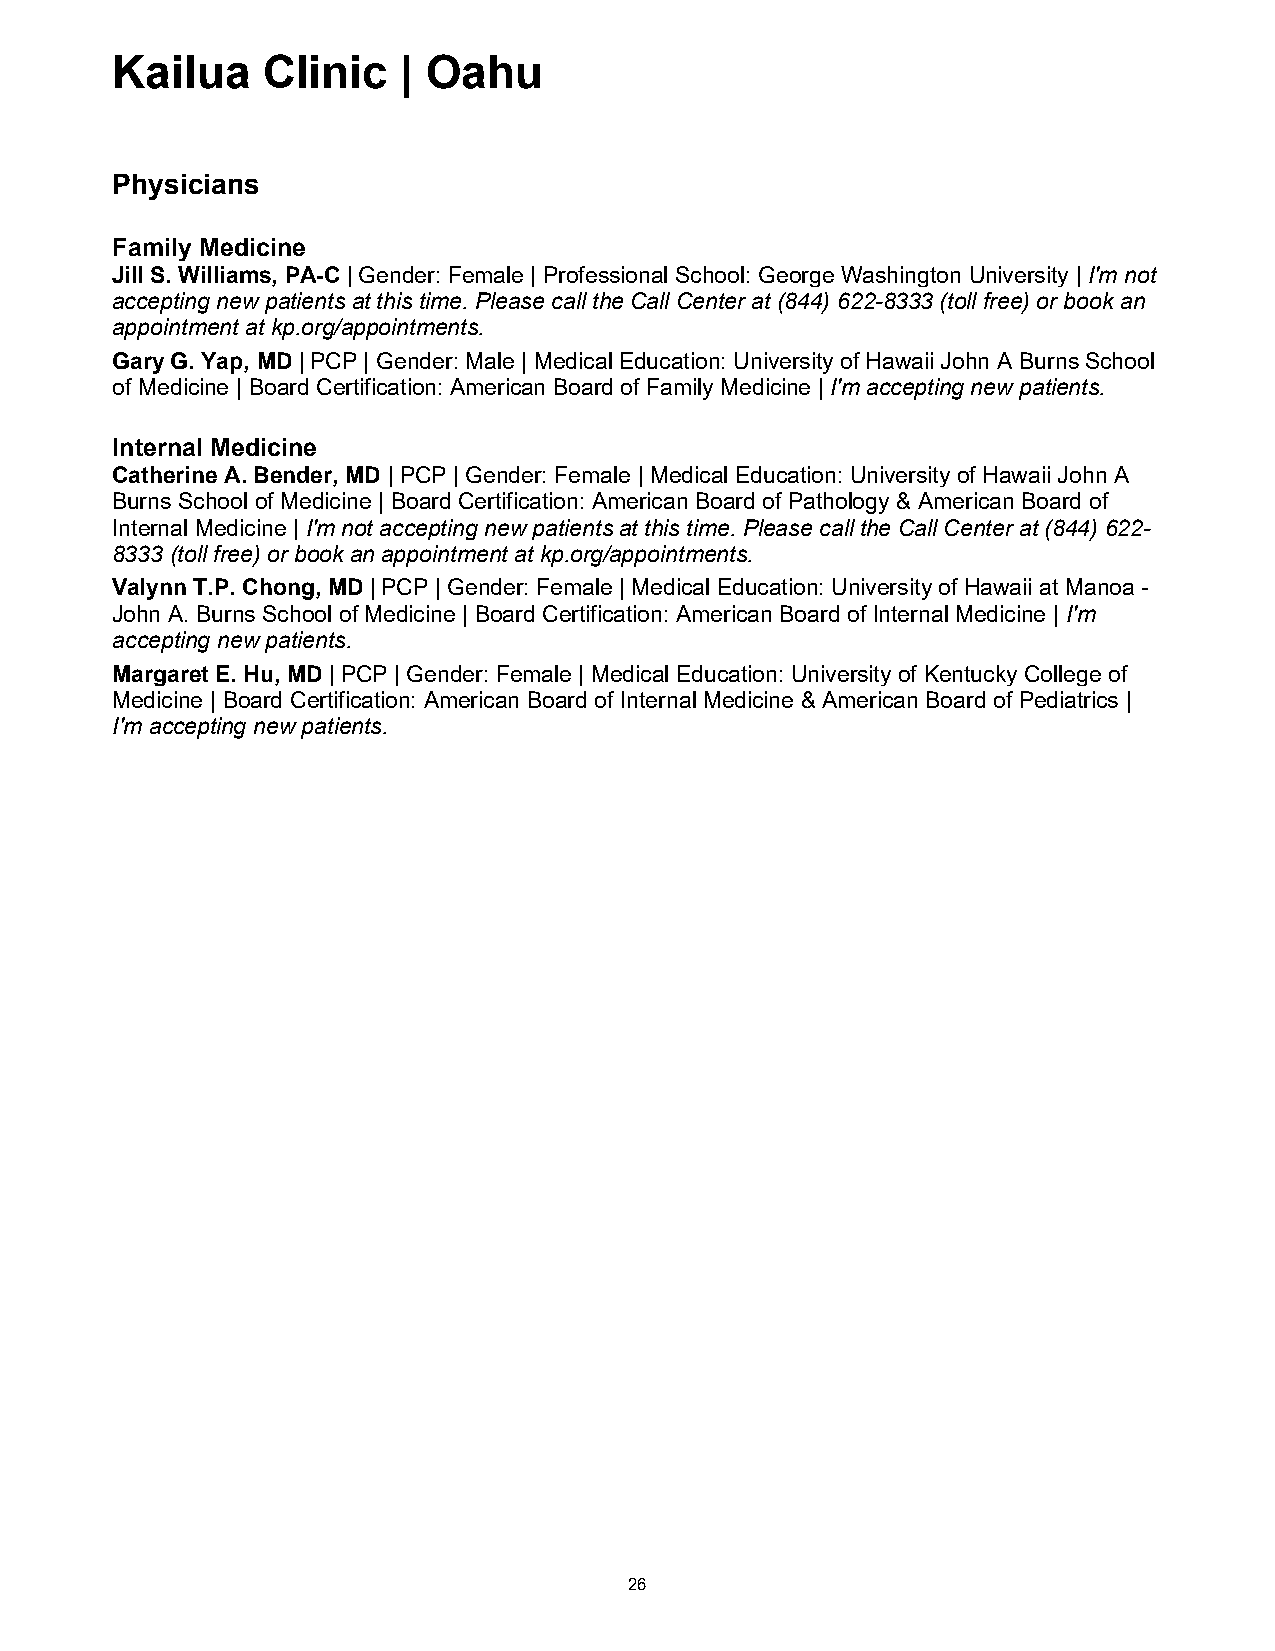
Kailua    Clinic    | Oahu
 Physicians
 Family Medicine
 Jill S. Williams, PA-C | Gender: Female | Professional School: George Washington University | I'm not
 accepting new patients at this time. Please call the Call Center at (844) 622-8333 (toll free) or book an
 appointment at kp.org/appointments.
 Gary G. Yap, MD | PCP | Gender: Male | Medical Education: University of Hawaii John A Burns School
 of Medicine | Board Certification: American Board of Family Medicine | I'm accepting new patients.
 Internal Medicine
 Catherine A. Bender, MD | PCP | Gender: Female | Medical Education: University of Hawaii John A
 Burns School of Medicine | Board Certification: American Board of Pathology & American Board of
 Internal Medicine | I'm not accepting new patients at this time. Please call the Call Center at (844) 622-
 8333 (toll free) or book an appointment at kp.org/appointments.
 Valynn T.P. Chong, MD | PCP | Gender: Female | Medical Education: University of Hawaii at Manoa -
 John A. Burns School of Medicine | Board Certification: American Board of Internal Medicine | I'm
 accepting new patients.
 Margaret E. Hu, MD | PCP | Gender: Female | Medical Education: University of Kentucky College of
 Medicine | Board Certification: American Board of Internal Medicine & American Board of Pediatrics |
 I'm accepting new patients.
 26